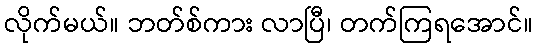
လိုက်မယ်။ ဘတ်စ်ကား လာပြီ၊ တက်ကြရအောင်။